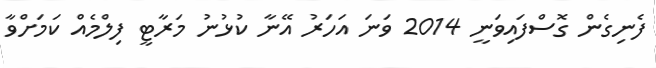
ފެނިގެން ގޮސްފައިވަނީ 2014 ވަނަ އަހަރު އޭނާ ކުޅުނު މަރާޓީ ފިލްމެއް ކަމަށްވާ